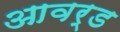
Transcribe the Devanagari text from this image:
आवर्ड